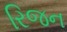
રિજન